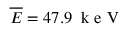
\boldsymbol { \overline { { E } } = 4 7 . 9 \, \mathrm { ~ k ~ e ~ V ~ } }